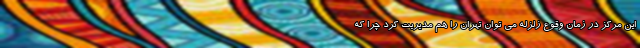
این مرکز در زمان وقوع زلزله می توان تهران را هم مدیریت کرد چرا که